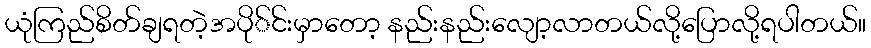
ယုံကြည်စိတ်ချရတဲ့အပို်င်းမှာတော့ နည်းနည်းလျော့လာတယ်လို့ပြောလို့ရပါတယ်။